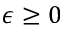
\epsilon \ge 0